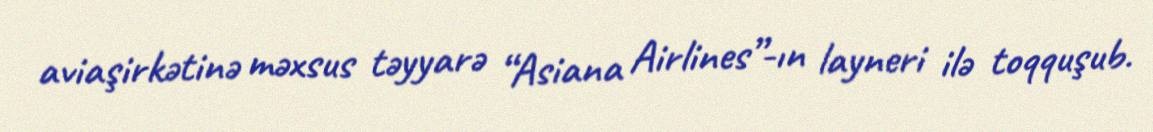
aviaşirkətinə məxsus təyyarə “Asiana Airlines”-ın layneri ilə toqquşub.